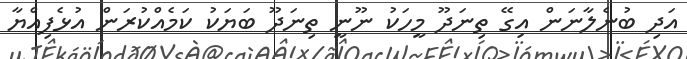
އަދި ބުނެލާނަން އިގޭ ތިނަދޫ މީހަކު ނޫނީ ތިނަދޫ ބަޔަކު ކަމެއްކުރަން އުޅެފިއްޔާ